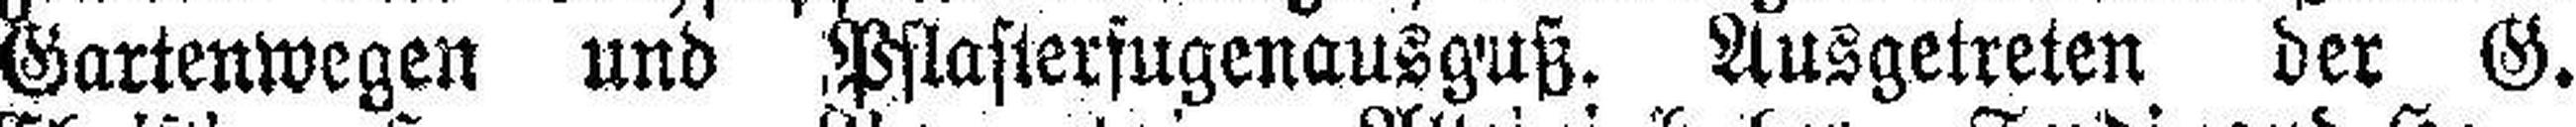
Gartenwegen und Pflasterfugenausguß. Ausgetreten der G.